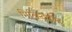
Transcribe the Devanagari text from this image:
मिलिन्दपण्ह